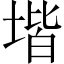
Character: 堦